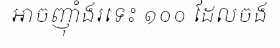
អាចញ៉ាំងរទេះ ១០០ ដែលចង